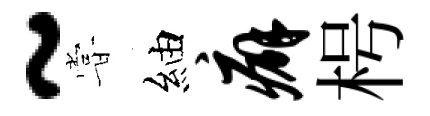
~甞紬癖枵